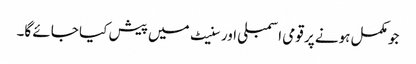
جو مکمل ہونے پر قومی اسمبلی اور سنیٹ میں پیش کیا جائے گا۔